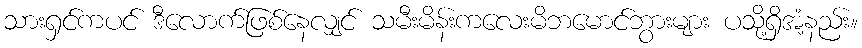
သားရှင်ကပင် ဒီလောက်ဖြစ်နေလျှင် သမီးမိန်းကလေးမိဘမောင်ဘွားများ ပသို့ရှိအံ့နည်း။